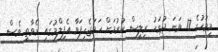
މިމަހުގެ 17 ވަނަ ދުވަހު ރިލީސް ކުރުމަށް ހަމަޖެހިފަވާ އެފިލްމުގައި ރެވާތީ ވެސް